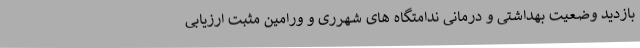
بازدید وضعیت بهداشتی و درمانی ندامتگاه های شهرری و ورامین مثبت ارزیابی